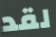
لقد